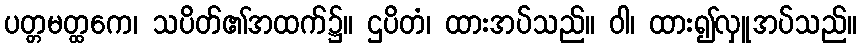
ပတ္တမတ္ထကေ၊ သပိတ်၏အထက်၌။ ဌပိတံ၊ ထားအပ်သည်။ ဝါ၊ ထား၍လှူအပ်သည်။